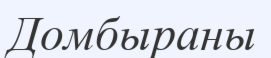
Домбыраны